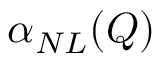
\alpha _ { N L } ( Q )